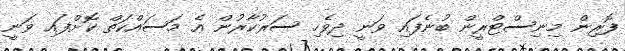
ފޮރިން މިނިސްޓްރީން ބުނެފައި ވަނީ ދިވެހި ސަރުކާރުން އެ މަސައްކަތް ކޮށްފައި ވަނީ